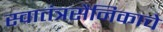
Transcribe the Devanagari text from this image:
स्वातंत्रसैनिकाचे